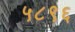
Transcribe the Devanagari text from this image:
५८९६